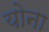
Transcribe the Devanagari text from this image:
योना